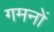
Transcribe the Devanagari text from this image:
गमनों